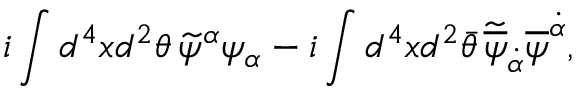
i \int d ^ { 4 } x d ^ { 2 } \theta \, \widetilde \psi ^ { \alpha } \psi _ { \alpha } - i \int d ^ { 4 } x d ^ { 2 } \bar { \theta } \, \widetilde { \overline { { \psi } } } _ { \dot { \alpha } } \overline { { \psi } } ^ { \dot { \alpha } } ,